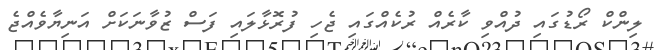
ލިންކް ރޯޑުގައި ދުއްވި ކާރެއް ރުކެއްގައި ޖެހި ފުރޮޅާލައި ފަސް ޒުވާނަކަށް އަނިޔާވެއްޖެ